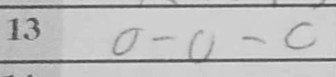
Transcription: O-O-O